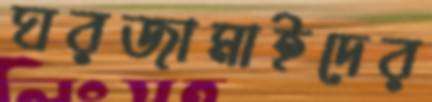
ঘরজামাইদের